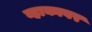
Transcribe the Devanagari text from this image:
व्हाकावर